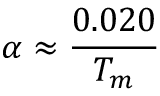
\alpha \approx { \frac { 0 . 0 2 0 } { T _ { m } } }